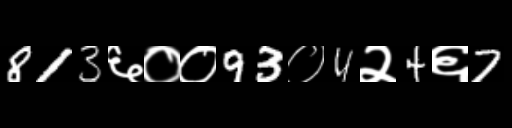
Text: 813६००93०4२4६7